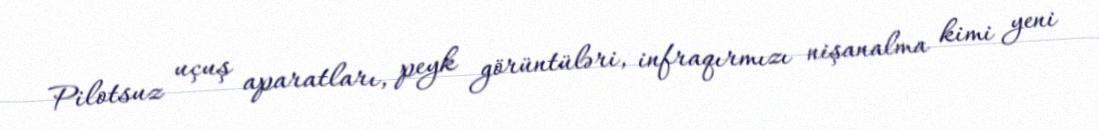
Pilotsuz uçuş aparatları, peyk görüntüləri, infraqırmızı nişanalma kimi yeni